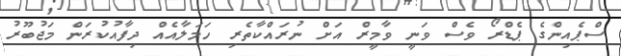
ސްޕެއިންގެ ޕެޑްރޯ ވެސް ވަނީ ވާމީރް އަށް ނުރައްކާތެރި ހަމަލާއެއް ދިފާއުކުރަން މަޖުބޫރު